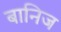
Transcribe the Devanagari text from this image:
बानिज